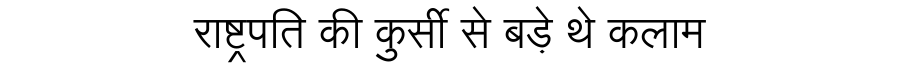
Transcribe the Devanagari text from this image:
राष्ट्रपति की कुर्सी से बड़े थे कलाम